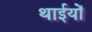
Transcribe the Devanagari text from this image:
थाईयों